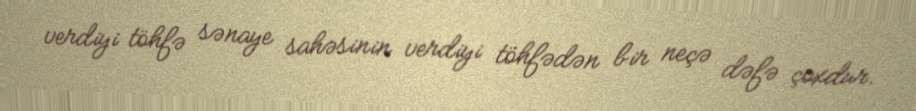
verdiyi töhfə sənaye sahəsinin verdiyi töhfədən bir neçə dəfə çoxdur.